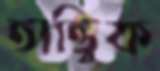
তাত্ত্বিক